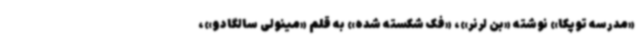
«مدرسه توپکا» نوشته «بن لرنر»، «فک شکسته شده» به قلم «مینولی سالگادو»،